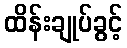
ထိန်းချုပ်ခွင့်